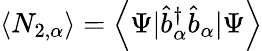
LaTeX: \left\langle N_{2,\alpha}\right\rangle=\left\langle\Psi|\hat{b}_{\alpha}^{\dagger}\hat{b}_{\alpha}|\Psi\right\rangle